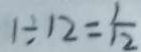
1 \div 1 2 = \frac { 1 } { 1 2 }